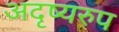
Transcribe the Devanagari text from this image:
अदृष्यरुप